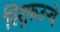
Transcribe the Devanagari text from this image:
स्द्फिउर्‍वे